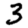
Digit: 3